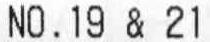
NO.19 & 21